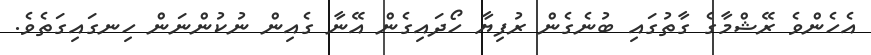
އެހެންވެ ރޭޝްމާގެ ގާތުގައި ބުނެގެން ރުފިޔާ ހޯދައިގެން އޭނާ ގެއިން ނުކުންނަން ހިނގައިގަތެވެ.